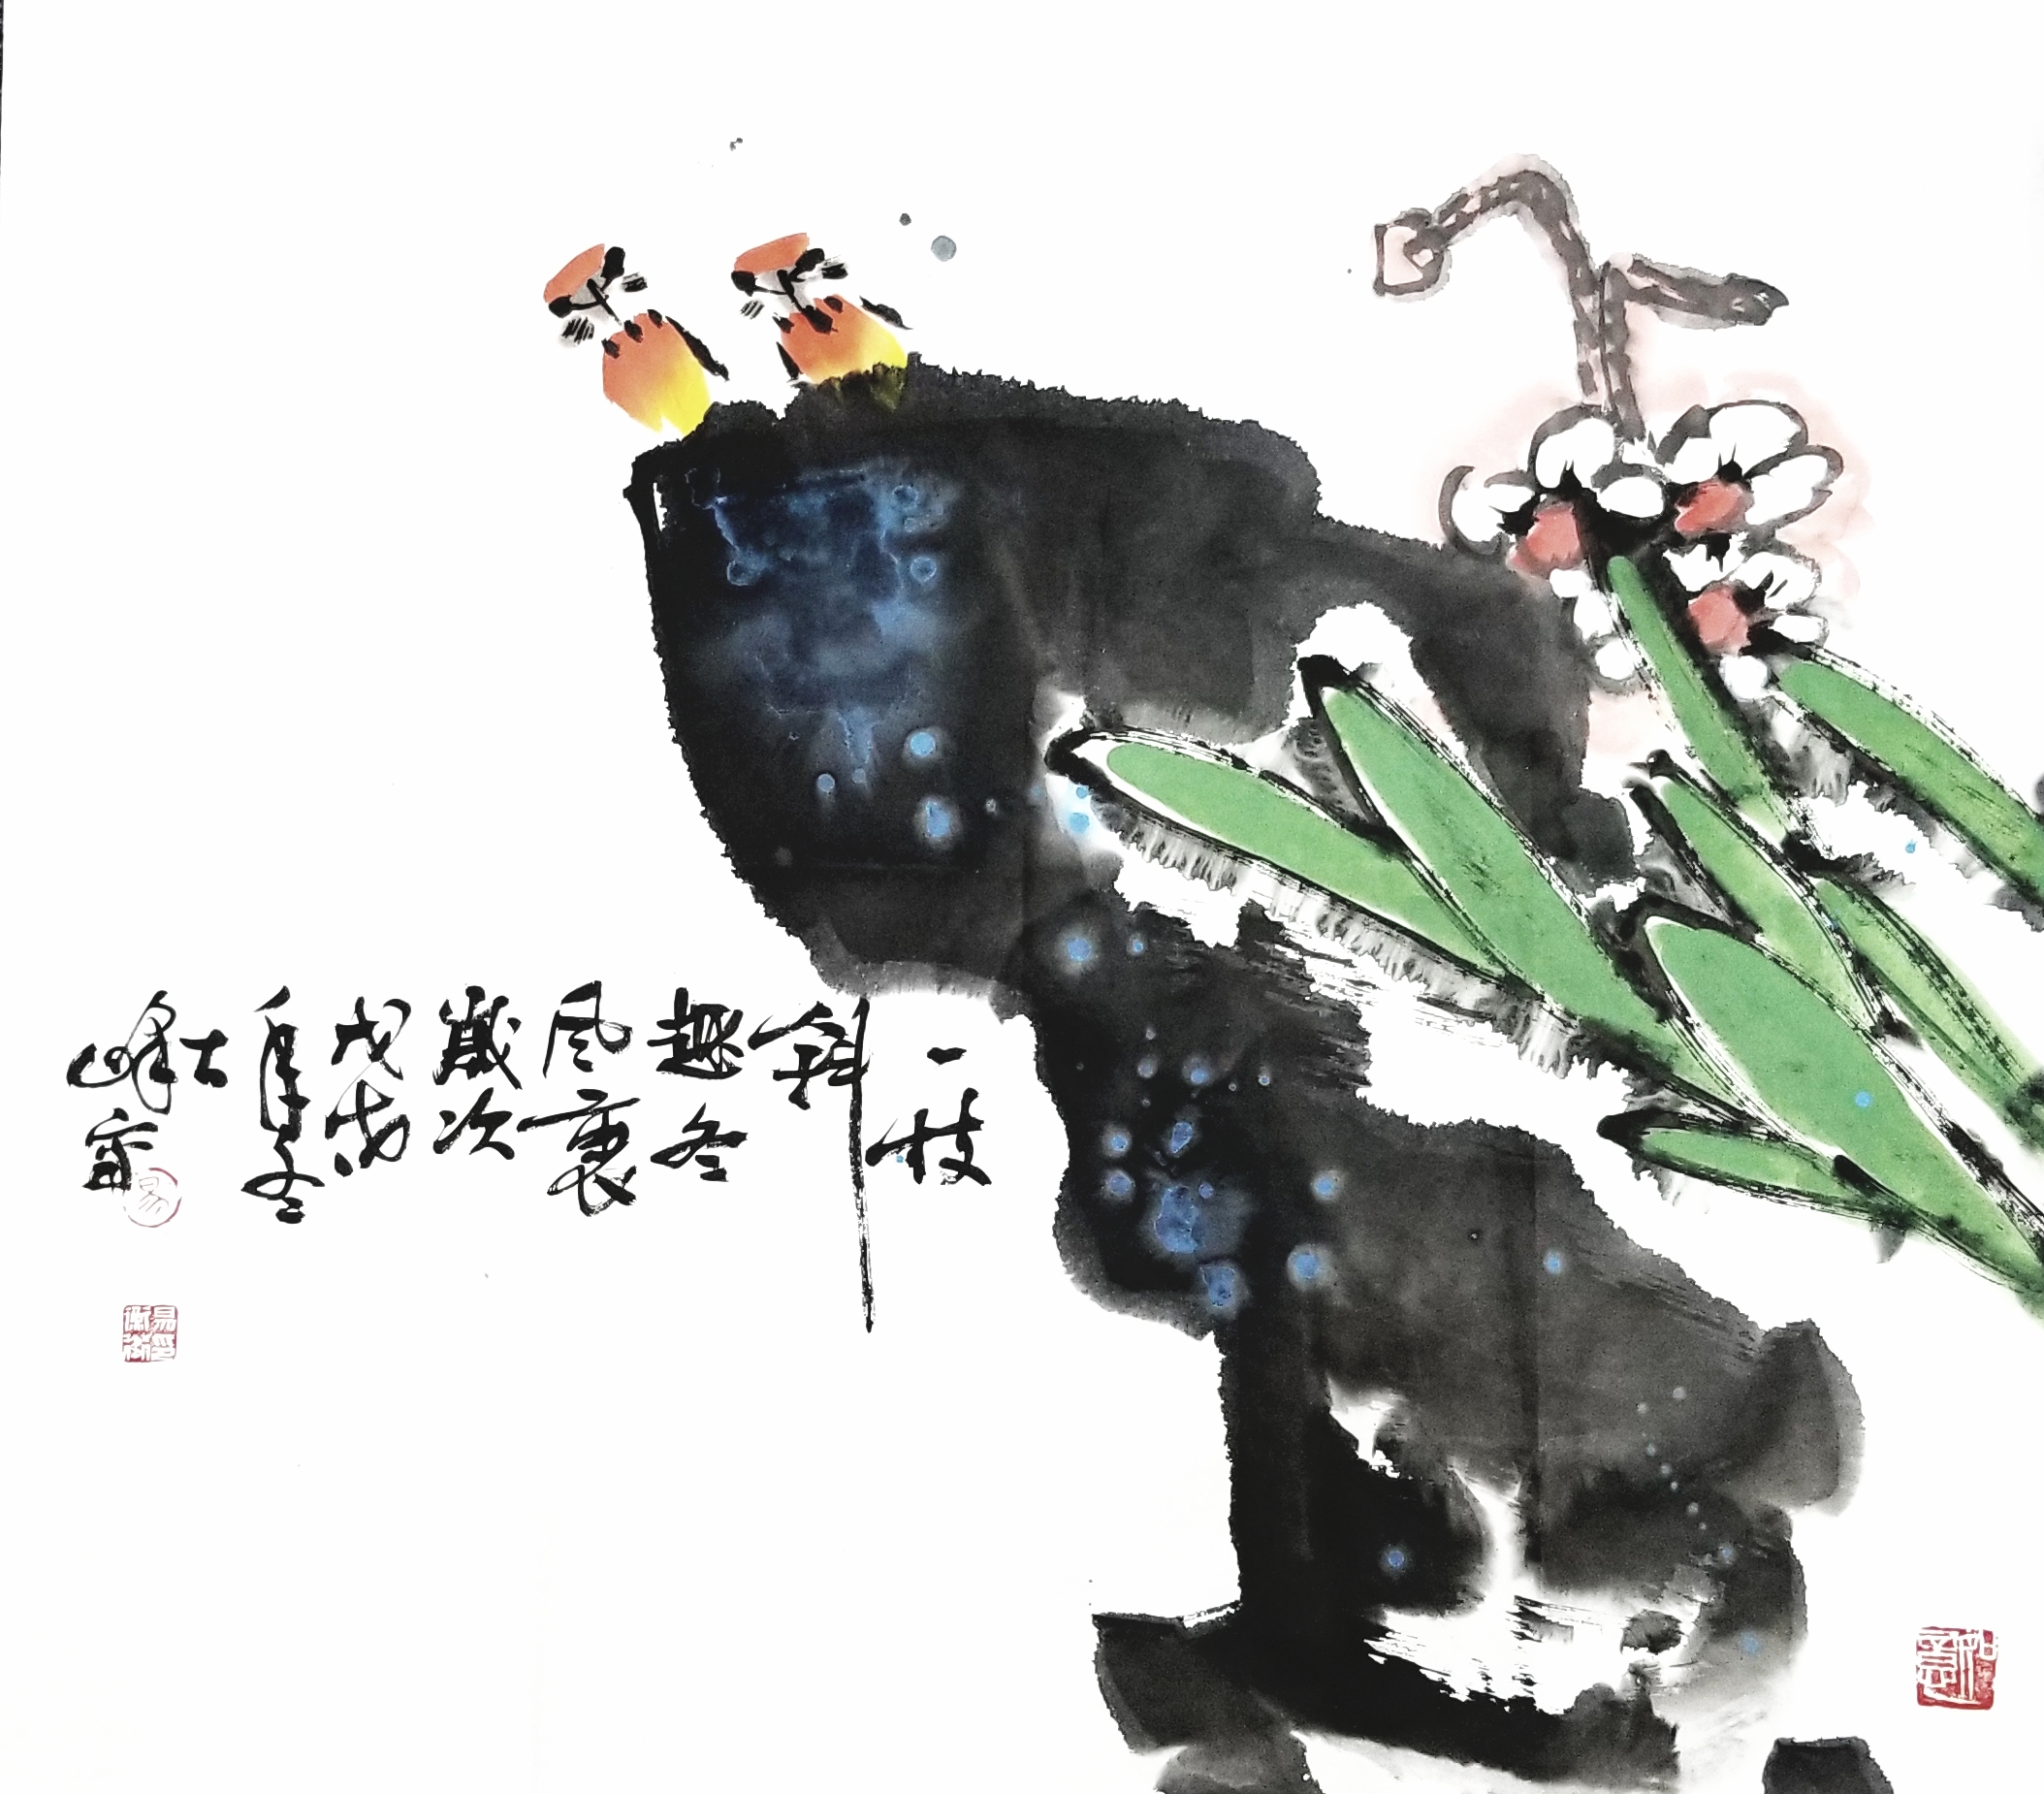
勿以身贵而贱人，勿以独见而违众。